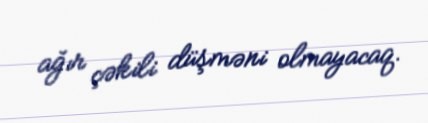
ağır çəkili düşməni olmayacaq.